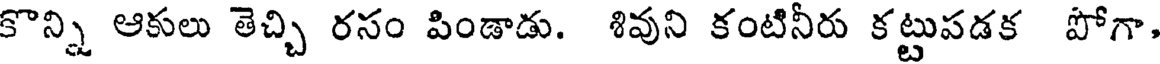
కొన్ని ఆకులు తెచ్చి రసం పిండాడు. శివుని కంటినీరు కట్టుపడక పోగా,